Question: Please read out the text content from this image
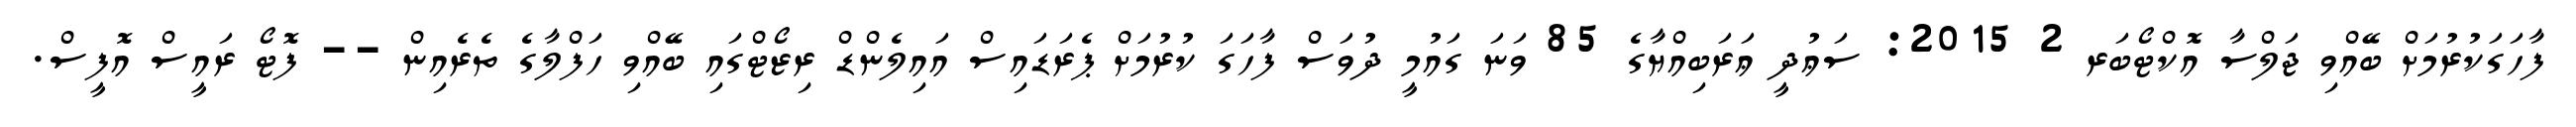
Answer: ފާހަގަކުރުމަށް ބޭއްވި ޖަލްސާ އޮކްޓޯބަރ 2 2015: ސަޢުދީ ޢަރަބިއްޔާގެ 85 ވަނަ ގައުމީ ދުވަސް ފާހަގަ ކުރުމަށް ޕެރަޑައިސް އައިލެންޑް ރިޒޯޓްގައި ބޭއްވި ހަފްލާގެ ތެރެއިން -- ފޮޓޯ ރައީސް އޮފީސް.